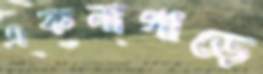
একনাগাড়ে